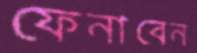
ফেনাবেন